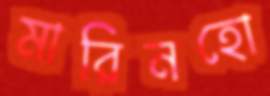
মারিনহো